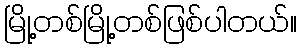
မြို့တစ်မြို့တစ်ဖြစ်ပါတယ်။